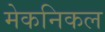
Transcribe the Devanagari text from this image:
मेकनिकल